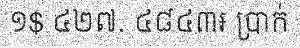
១$ ៤២៧. ៤៨៤៣៛ ប្រាក់